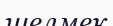
шелмек